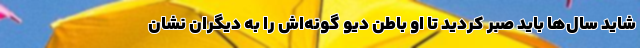
شاید سال‌ها باید صبر کردید تا او باطن دیو گونه‌اش را به دیگران نشان